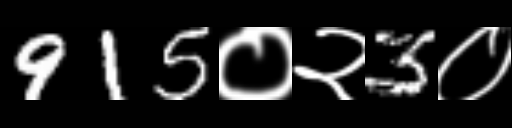
Text: 915०२3०